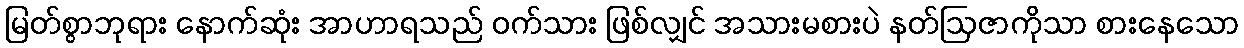
မြတ်စွာဘုရား နောက်ဆုံး အာဟာရသည် ဝက်သား ဖြစ်လျှင် အသားမစားပဲ နတ်ဩဇာကိုသာ စားနေသော